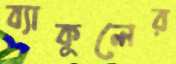
ব্যাকুলের